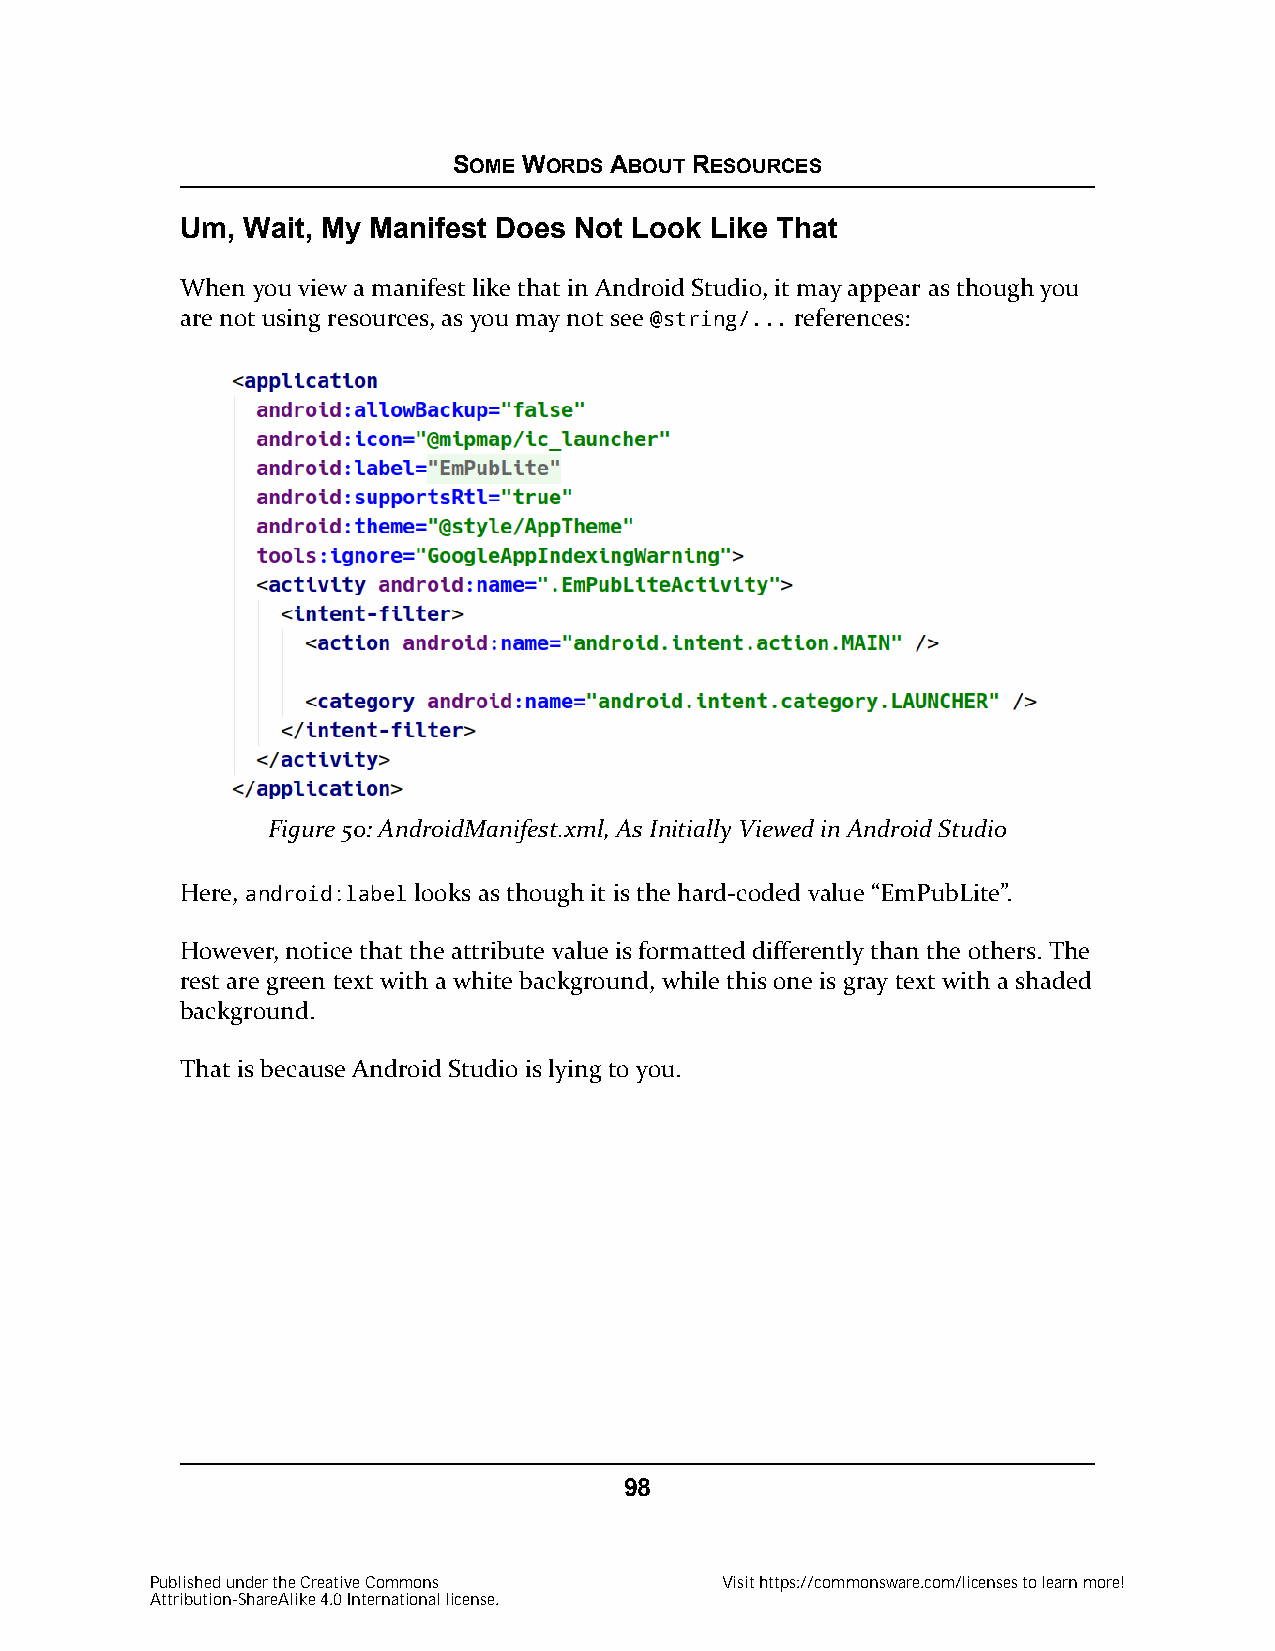
SOME WORDS ABOUT RESOURCES
 Um, Wait, My Manifest Does Not Look Like That
 When you view a manifest like that in Android Studio, it may appear as though you
 are not using resources, as you may not see @string/... references:
 Figure 50: AndroidManifest.xml, As Initially Viewed in Android Studio
 Here, android:label looks as though it is the hard-coded value “EmPubLite”.
 However, notice that the attribute value is formatted differently than the others. The
 rest are green text with a white background, while this one is gray text with a shaded
 background.
 That is because Android Studio is lying to you.
 98
 Published under the Creative Commons  Visit https://commonsware.com/licenses to learn more!
 Attribution-ShareAlike 4.0 International license.